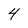
Character: 4